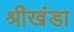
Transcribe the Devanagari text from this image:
श्रीखंडा